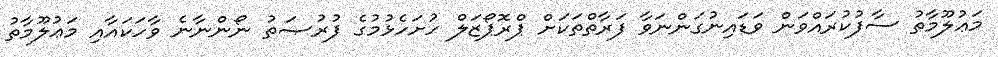
މަޢުލޫމާތު ސާފުކުރައްވަން ވަޑައިނުގަންނަވާ ފަރާތްތަކަށް ޕްރޮޕޯޒަލް ހުށަހެޅުމުގެ ފުރުޞަތު ނޯންނާނެ ވާހަކައާއި މަޢުލޫމާތު